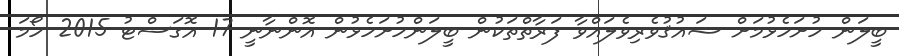
ބީލަން ހުށަހެޅުމަށް ޝައުޤުވެރިވެލައްވާ ފަރާތްތަކުން ބީލަންހުށަހެޅުން އޮންނާނީ 17 އޮގަސްޓު 2015 ހޯމަ